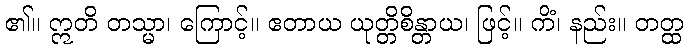
၏။ ဣတိ တသ္မာ၊ ကြောင့်။ ဧတာယ ယုတ္တိစိန္တာယ၊ ဖြင့်။ ကိံ၊ နည်း။ တတ္ထ